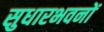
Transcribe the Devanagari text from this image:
सुधारभवनों